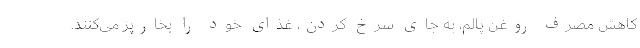
کاهش مصرف روغن پالم، به جای سرخ کردن، غذای خود را بخارپز می‌کنند.